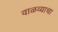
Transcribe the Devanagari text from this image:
वाळव्याचा